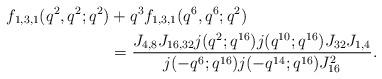
LaTeX: \begin{align*}f_{1,3,1}(q^2,q^2;q^2) &+ q^3f_{1,3,1}(q^6,q^6;q^2)\\&=\frac{J_{4,8}J_{16,32}j(q^2;q^{16})j(q^{10};q^{16})J_{32}J_{1,4}}{j(-q^6;q^{16})j(-q^{14};q^{16})J_{16}^2}.\end{align*}